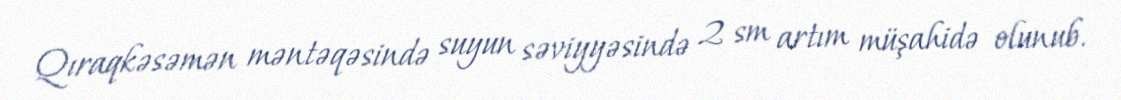
Qıraqkəsəmən məntəqəsində suyun səviyyəsində 2 sm artım müşahidə olunub.